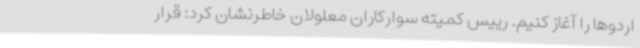
اردوها را آغاز کنیم. رییس کمیته سوارکاران معلولان خاطرنشان کرد: قرار